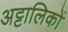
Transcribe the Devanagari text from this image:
अट्टालिकों